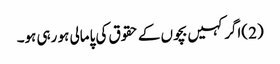
(2 )اگر کہیں بچوں کے حقوق کی پامالی ہو رہی ہو۔